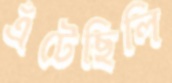
এঁটেছিলি